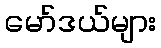
မော်ဒယ်များ